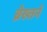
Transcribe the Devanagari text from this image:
ब्रेख्तने